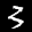
Label: 3